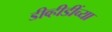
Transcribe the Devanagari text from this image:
डीव्हीडींच्या